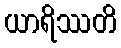
ယာရိဿတိ